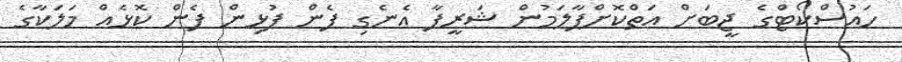
ހައުސްކޯޓްގެ ޖީބަށް އަތްކޮށްޕާލަމުން ޝަރީފާ އެނެގި ފެން ފުޅިން ފެން ކޮޅެއް މަލަކާގެ